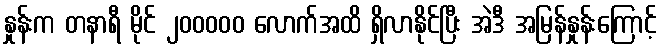
နှုန်းက တနာရီ မိုင် ၂၀၀၀၀၀ လောက်အထိ ရှိလာနိုင်ပြီး အဲဒီ အမြန်နှုန်းကြောင့်